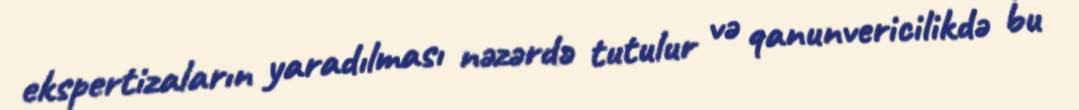
ekspertizaların yaradılması nəzərdə tutulur və qanunvericilikdə bu